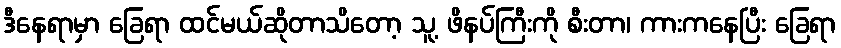
ဒီနေရာမှာ ခြေရာ ထင်မယ်ဆိုတာသိတော့ သူ့ ဖိနပ်ကြီးကို စီးတာ၊ ကားကနေပြီး ခြေရာ